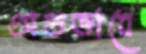
অতভাবে